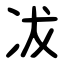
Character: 冹